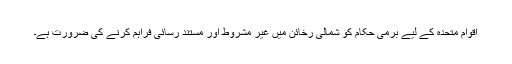
اقوامِ متحدہ کے لیے برمی حکام کو شمالی رخائن میں غیر مشروط اور مستند رسائی فراہم کرنے کی ضرورت ہے۔